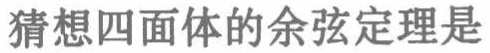
猜想四面体的余弦定理是